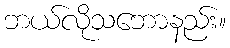
ဘယ်လိုသဘောနည်း။